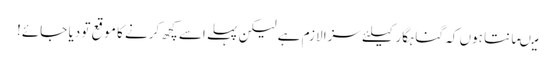
میںمانتا ہوں کہ گناہگار کیلئے سزا لازم ہے لیکن پہلے اسے کچھ کرنے کا موقع تو دیا جائے!